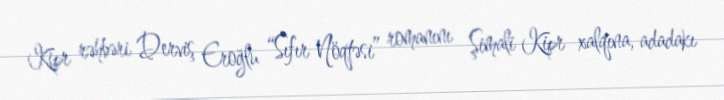
Kipr rəhbəri Derviş Eroğlu “Sıfır Nöqtəsi” romanını Şimali Kipr xalqına, adadakı